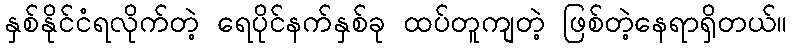
နှစ်နိုင်ငံရလိုက်တဲ့ ရေပိုင်နက်နှစ်ခု ထပ်တူကျတဲ့ ဖြစ်တဲ့နေရာရှိတယ်။